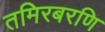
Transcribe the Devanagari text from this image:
तमिरबरणि